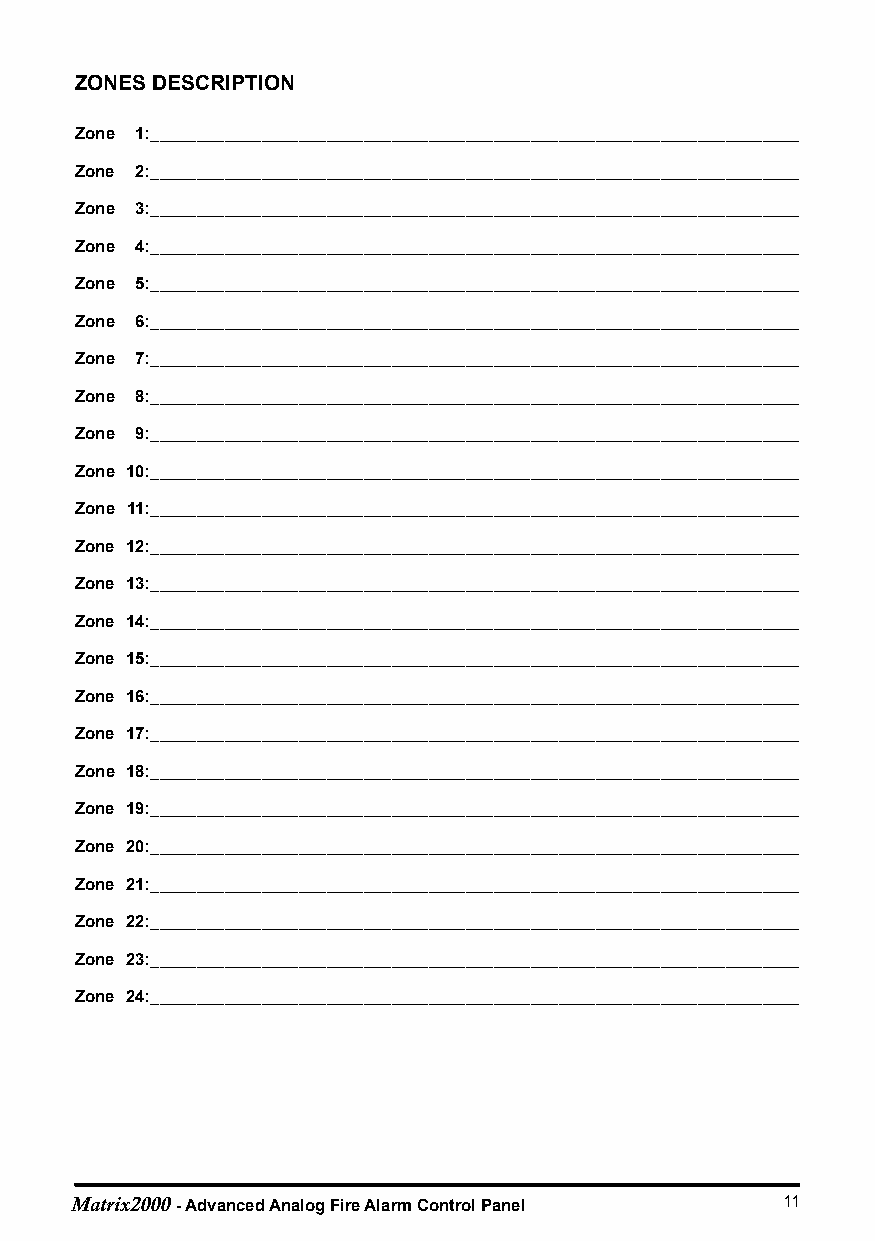
ZONES DESCRIPTION
 Zone 1:______________________________________________________________________
 Zone 2:______________________________________________________________________
 Zone 3:______________________________________________________________________
 Zone 4:______________________________________________________________________
 Zone 5:______________________________________________________________________
 Zone 6:______________________________________________________________________
 Zone 7:______________________________________________________________________
 Zone 8:______________________________________________________________________
 Zone 9:______________________________________________________________________
 Zone 10:______________________________________________________________________
 Zone 11:______________________________________________________________________
 Zone 12:______________________________________________________________________
 Zone 13:______________________________________________________________________
 Zone 14:______________________________________________________________________
 Zone 15:______________________________________________________________________
 Zone 16:______________________________________________________________________
 Zone 17:______________________________________________________________________
 Zone 18:______________________________________________________________________
 Zone 19:______________________________________________________________________
 Zone 20:______________________________________________________________________
 Zone 21:______________________________________________________________________
 Zone 22:______________________________________________________________________
 Zone 23:______________________________________________________________________
 Zone 24:______________________________________________________________________
 1100 Matrix2000 - Advanced Analog Fire Alarm Control Panel 1111